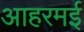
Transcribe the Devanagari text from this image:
आहरमई